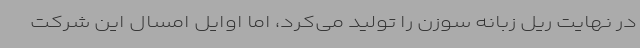
در نهایت ریل زبانه سوزن را تولید می‌کرد، اما اوایل امسال این شرکت